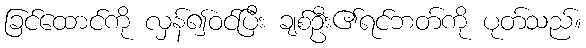
ခြင်ထောင်ကို လှန်၍ဝင်ပြီး ချစ်ဦး၏ရင်ဘတ်ကို ပုတ်သည်။